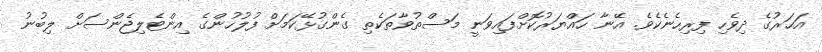
އަހަރުގެ ދިވެހި ފިރިހެނެކެވެ. އޭނާ ހައްޔަރުކޮށްފައިވަނީ މަސްތުވާތަކެތި ގެންގުޅޭކަމަށް ފުލުހުންގެ އިންޓެލިޖެންސަށް ލިބުނު